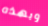
وبهذه